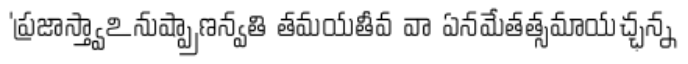
'ప్రజాస్త్వాఽనుష్ప్రాణన్వతి తమయతీవ వా ఏనమేతత్సమాయచ్ఛన్న